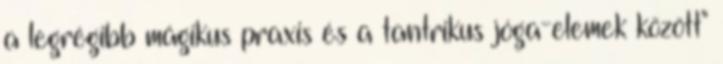
a legrégibb mágikus praxis és a tantrikus jóga-elemek között"